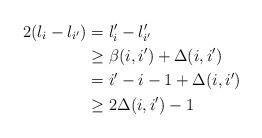
LaTeX: \begin{align*}2(l_i-l_{i'})&= l'_i-l'_{i'}\\& \geq \beta(i,i')+\Delta(i,i') \\&= i'-i-1+\Delta(i,i')\\&\geq 2\Delta(i,i')-1\,\end{align*}